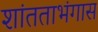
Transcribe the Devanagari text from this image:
शांतताभंगास